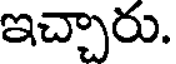
ఇచ్చారు.